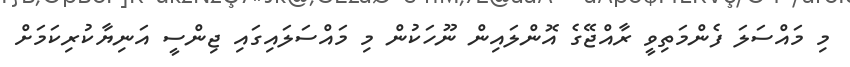
މި މައްސަލަ ފެންމަތިވީ ރާއްޖޭގެ އޮންލައިން ނޫހަކުން މި މައްސަލައިގައި ޖިންސީ އަނިޔާކުރިކަމަށް